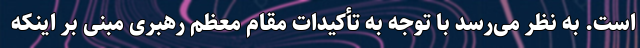
است. به نظر می‌رسد با توجه به تأکیدات مقام معظم رهبری مبنی بر اینکه